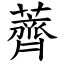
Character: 薺